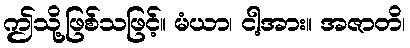
ဤသို့ဖြစ်သဖြင့်။ မံယာ၊ ငါ့အား။ အဇာတိ၊